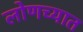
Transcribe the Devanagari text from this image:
लोणच्यात